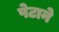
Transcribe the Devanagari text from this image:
पेटाने